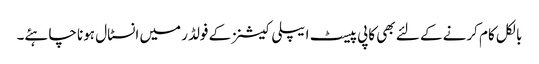
بالکل کام کرنے کے لئے بھی کاپی پیسٹ ایپلی کیشنز کے فولڈر میں انسٹال ہونا چاہئے۔